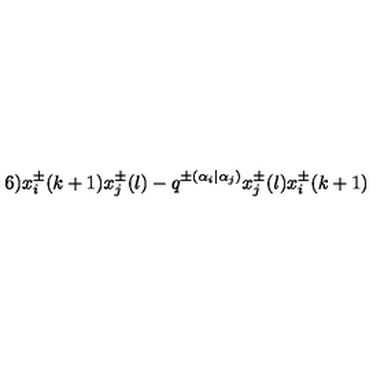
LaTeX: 6 ) x _ { i } ^ { \pm } ( k + 1 ) x _ { j } ^ { \pm } ( l ) - q ^ { \pm ( \alpha _ { i } | \alpha _ { j } ) } x _ { j } ^ { \pm } ( l ) x _ { i } ^ { \pm } ( k + 1 )